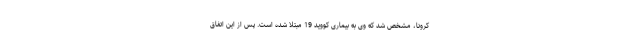
کرونا، مشخص شد که وی به بیماری کووید 19 مبتلا شده است. پس از این اتفاق